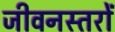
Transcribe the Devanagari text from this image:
जीवनस्तरों